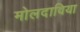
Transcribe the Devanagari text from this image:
मोलदाविया